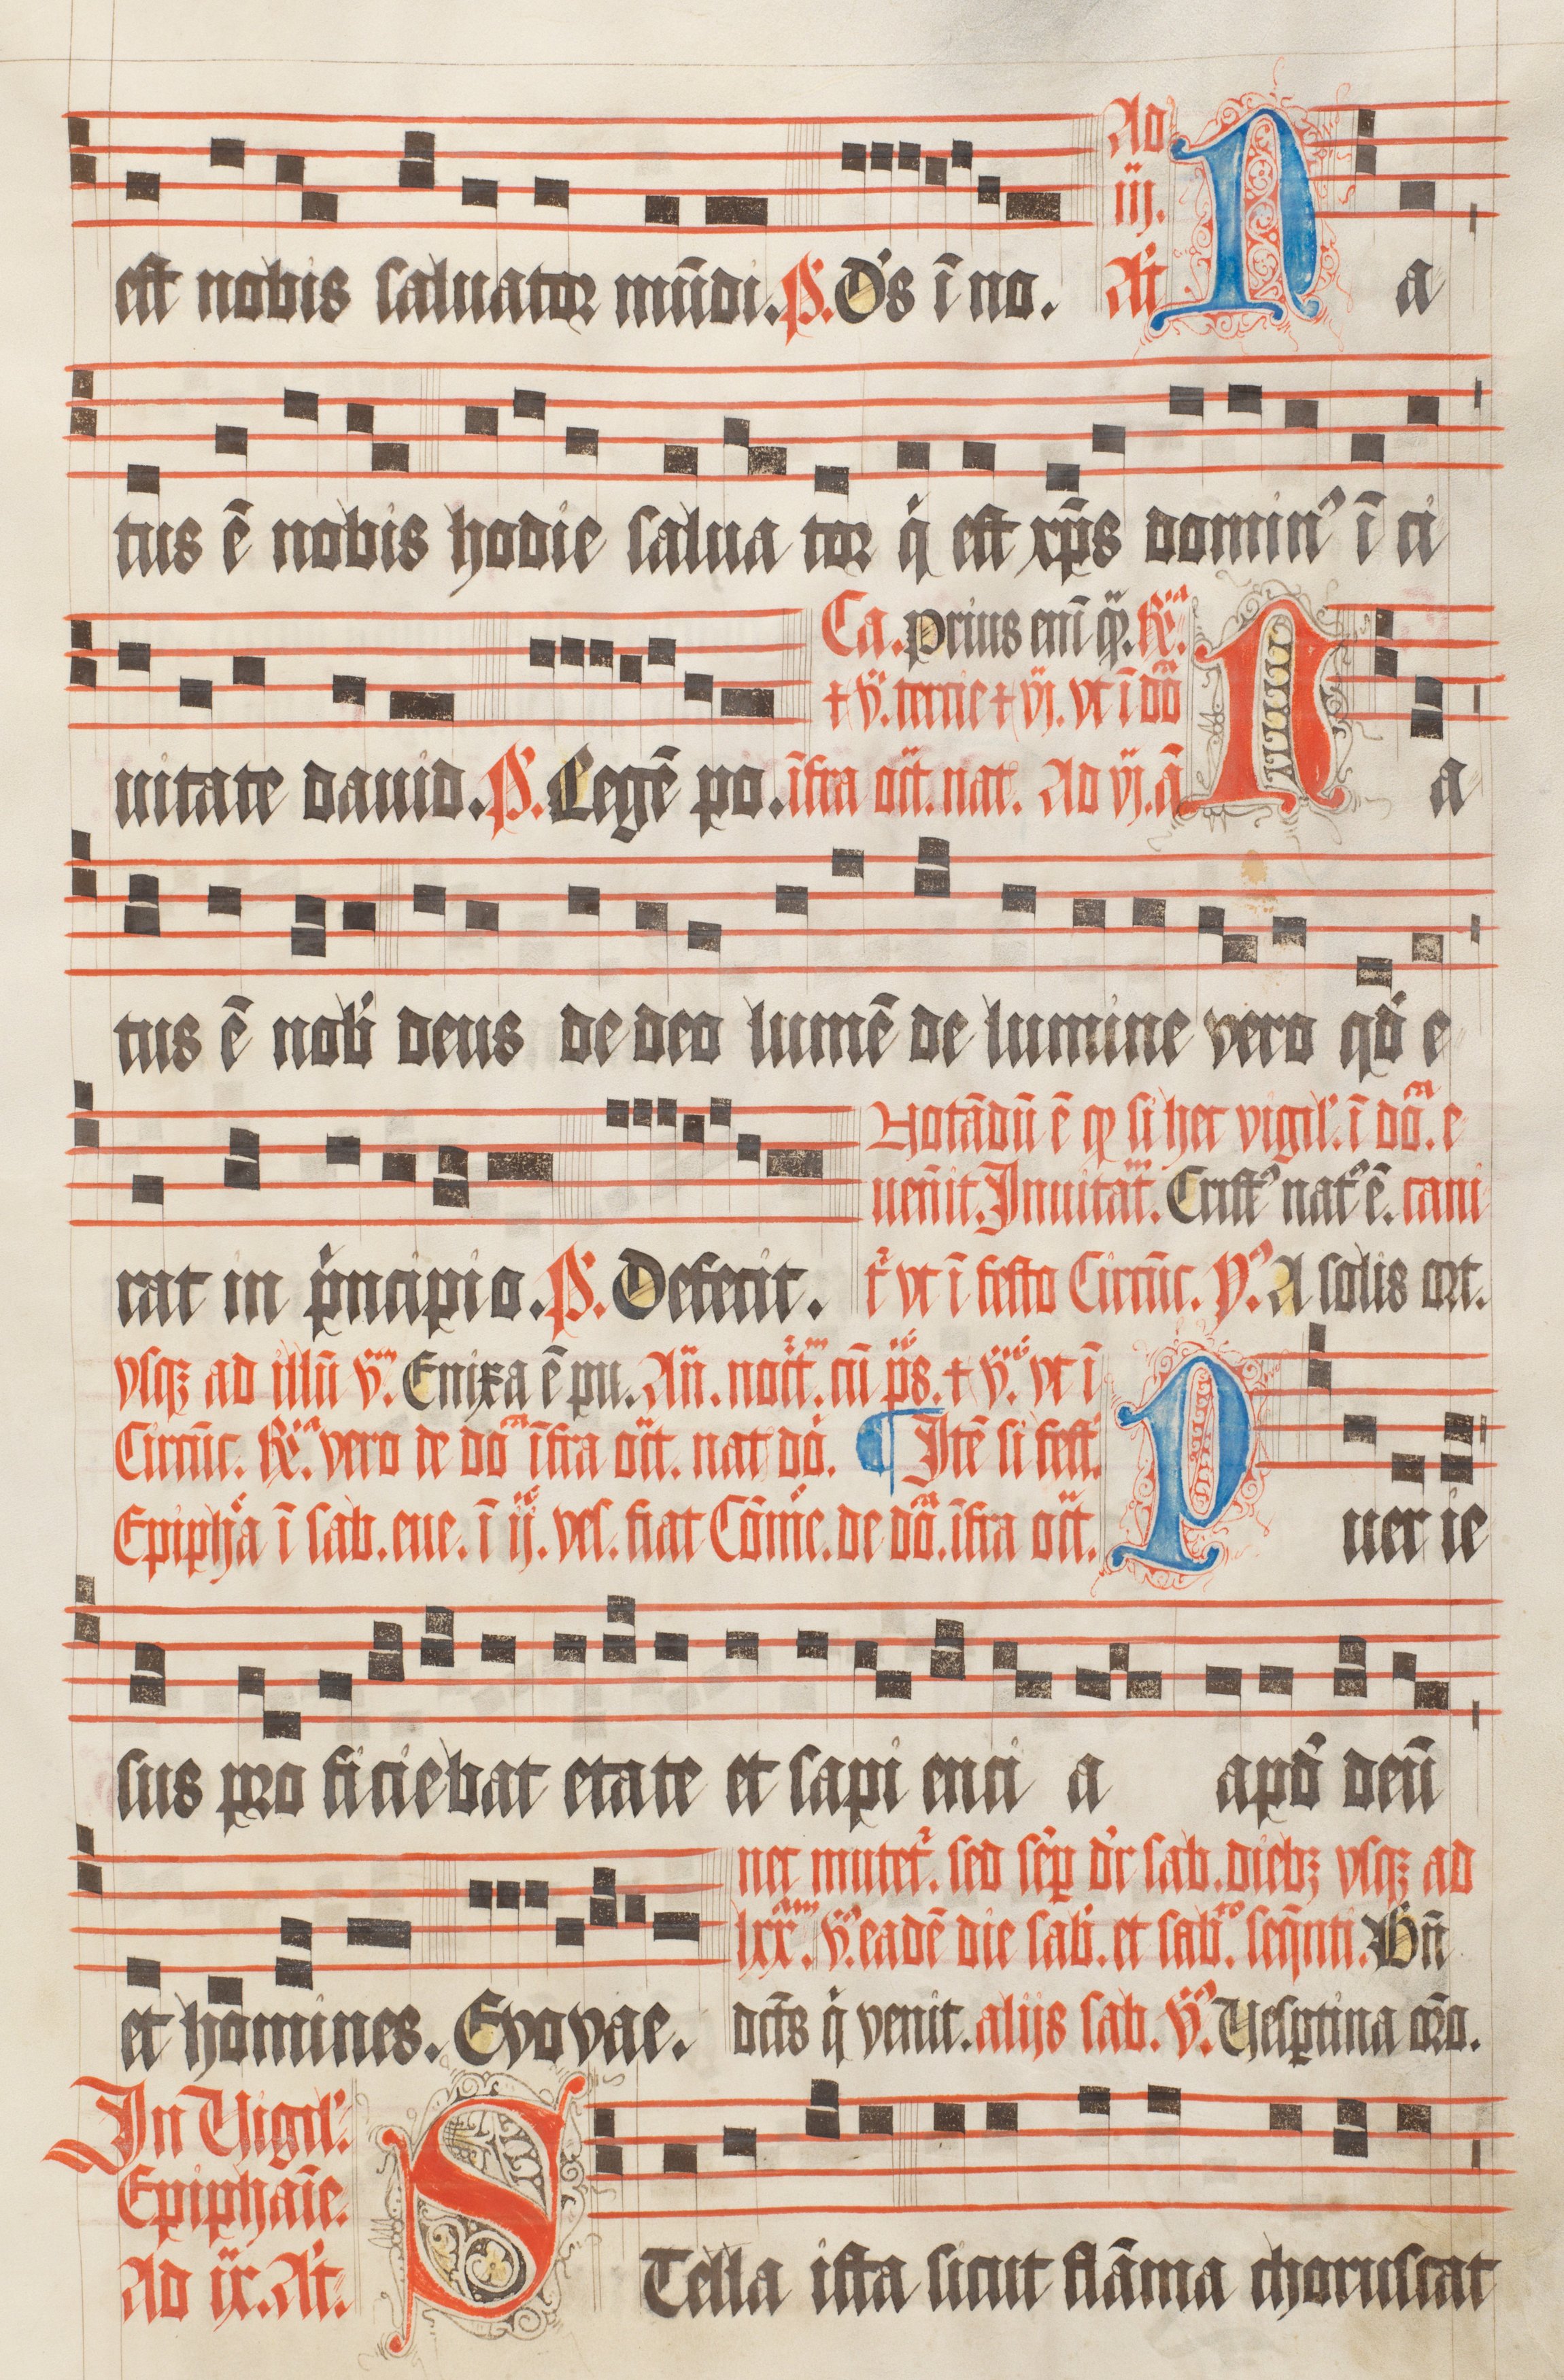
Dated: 1511–1517